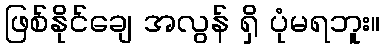
ဖြစ်နိုင်ချေ အလွန် ရှိ ပုံမရဘူး။